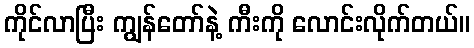
ကိုင်လာပြီး ကျွန်တော်နဲ့ ကီးကို လောင်းလိုက်တယ်။